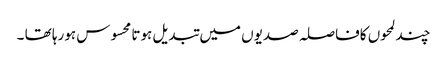
چند لمحوں کافاصلہ صدیوں میں تبدیل ہوتا محسوس ہورہا تھا ۔